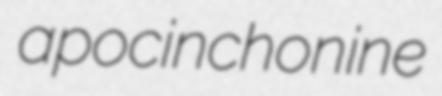
apocinchonine